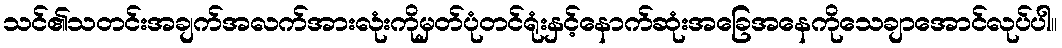
သင်၏သတင်းအချက်အလက်အားလုံးကိုမှတ်ပုံတင်ရုံးနှင့်နောက်ဆုံးအခြေအနေကိုသေချာအောင်လုပ်ပါ။